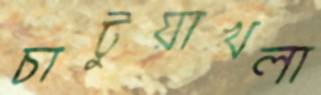
চাটুয়াখলা